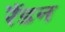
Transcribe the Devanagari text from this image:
रैंडन